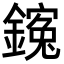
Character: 䥉